Report of the Indian Hemp Drugs Commission, 1894-1895 - Volume IV
Year: 1894
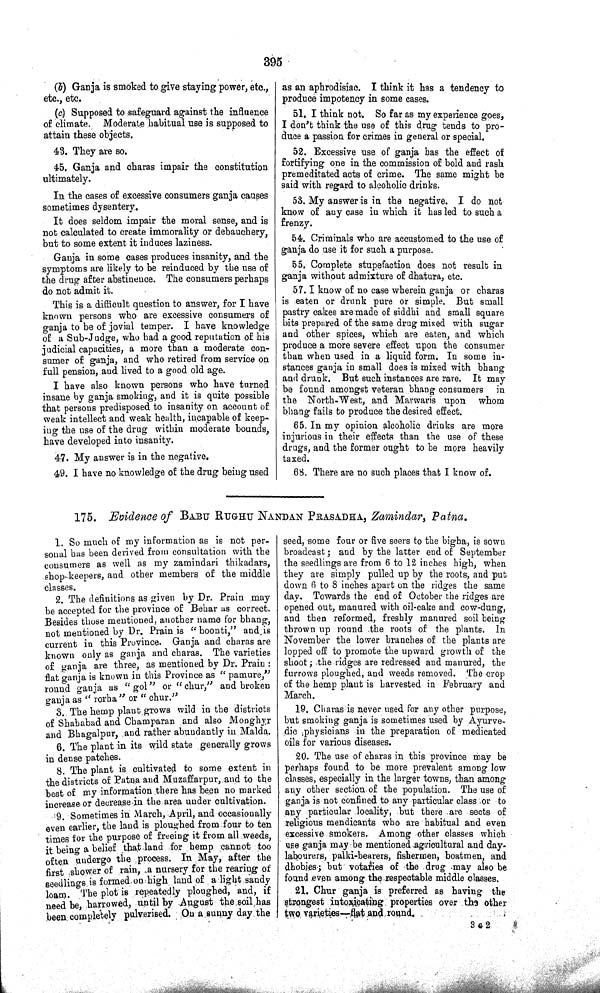
395
(b) Ganja is smoked to give staying power, etc.,
etc., etc.
(c) Supposed to safeguard against the influence
of climate. Moderate habitual use is supposed to
attain these objects.
43. They are so.
45. Ganja and charas impair the constitution
ultimately.
In the cases of excessive consumers ganja causes
sometimes dysentery.
It does seldom impair the moral sense, and is
not calculated to create immorality or debauchery,
but to some extent it induces laziness.
Ganja in some cases produces insanity, and the
symptoms are likely to be reinduced by the use of
the drug after abstinence. The consumers perhaps
do not admit it.
This is a difficult question to answer, for I have
known persons who are excessive consumers of
ganja to be of jovial temper. I have knowledge
of a Sub-Judge, who had a good reputation of his
judicial capacities, a more than a moderate con-
sumer of ganja, and who retired from service on
full pension, and lived to a good old age.
I have also known persons who have turned
insane by ganja smoking, and it is quite possible
that persons predisposed to insanity on account of
weak intellect and weak health, incapable of keep-
ing the use of the drug within moderate bounds,
have developed into insanity.
47. My answer is in the negative.
49. I have no knowledge of the drug being used
as an aphrodisiac. I think it has a tendency to
produce impotency in some cases.
51. I think not. So far as my experience goes,
I don't think the use of this drug tends to pro-
duce a passion for crimes in general or special.
52. Excessive use of ganja has the effect of
fortifying one in the commission of bold and rash
premeditated acts of crime. The same might be
said with regard to alcoholic drinks.
53. My answer is in the negative. I do not
know of any case in which it has led to such a
frenzy.
54. Criminals who are accustomed to the use of
ganja do use it for such a purpose.
55. Complete stupefaction does not result in
ganja without admixture of dhatura, etc.
57. I know of no case wherein ganja or charas
is eaten or drunk pure or simple. But small
pastry cakes are made of siddhi and small square
bits prepared of the same drug mixed with sugar
and other spices, which are eaten, and which
produce a more severe effect upon the consumer
than when used in a liquid form. In some in-
stances ganja in small does is mixed with bhang
and drunk. But such instances are rare. It may
be found amongst veteran bhang consumers in
the North-West, and Marwaris upon whom
bhang fails to produce the desired effect.
65. In my opinion alcoholic drinks are more
injurious in their effects than the use of these
drugs, and the former ought to be more heavily
taxed.
68. There are no such places that I know of.
175. Evidence of BABU RUGHU NANDAN PRASADHA, Zamindar, Patna.
1. So much of my information as is not per-
sonal has been derived from consultation with the
consumers as well as my zamindari thikadars,
shop-keepers, and other members of the middle
classes.
2. The definitions as given by Dr. Prain may
be accepted for the province of Behar as correct.
Besides those mentioned, another name for bhang,
not mentioned by Dr. Prain is "boonti," and is
current in this Province. Ganja and charas are
known only as ganja and charas. The varieties
of ganja are three, as mentioned by Dr. Prain:
flat ganja is known in this Province as "pamure,"
round ganja as "gol" or "chur," and broken
ganja as "rorha" or "chur."
3. The hemp plant grows wild in the districts
of Shahabad and Champaran and also Monghyr
and Bhagalpur, and rather abundantly in Malda.
6. The plant in its wild state generally grows
in dense patches.
8. The plant is cultivated to some extent in
the districts of Patna and Muzaffarpur, and to the
best of my information there has been no marked
increase or decrease in the area under cultivation.
9. Sometimes in March, April, and occasionally
even earlier, the land is ploughed from four to ten
times for the purpose of freeing it from all weeds,
it being a belief that land for hemp cannot too
often undergo the process. In May, after the
first shower of rain, a nursery for the rearing of
seedlings is formed on high land of a light sandy
loam. The plot is repeatedly ploughed, and, if
need be, harrowed, until by August the soil has
been completely pulverised. On a sunny day the
seed, some four or five seers to the bigha, is sown
broadcast; and by the latter end of September
the seedlings are from 6 to 12 inches high, when
they are simply pulled up by the roots, and put
down 6 to 8 inches apart on the ridges the same
day. Towards the end of October the ridges are
opened out, manured with oil-cake and cow-dung,
and then reformed, freshly manured soil being
thrown up round the roots of the plants. In
November the lower branches of the plants are
lopped off to promote the upward growth of the
shoot; the ridges are redressed and manured, the
furrows ploughed, and weeds removed. The crop
of the hemp plant is harvested in February and
March.
19. Charas is never used for any other purpose,
but smoking ganja is sometimes used by Ayurve-
dic physicians in the preparation of medicated
oils for various diseases.
20. The use of charas in this province may be
perhaps found to be more prevalent among low
classes, especially in the larger towns, than among
any other section of the population. The use of
ganja is not confined to any particular class or to
any particular locality, but there are sects of
religious mendicants who are habitual and even
excessive smokers. Among other classes which
use ganja may be mentioned agricultural and day-
labourers, palki-bearers, fishermen, boatmen, and
dhobies; but votaries of the drug may also be
found even among the respectable middle classes.
21. Chur ganja is preferred as having the
strongest intoxicating properties over the other
two varieties—flat and round.
3 G 2